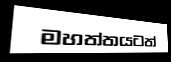
මහත්තයටත්